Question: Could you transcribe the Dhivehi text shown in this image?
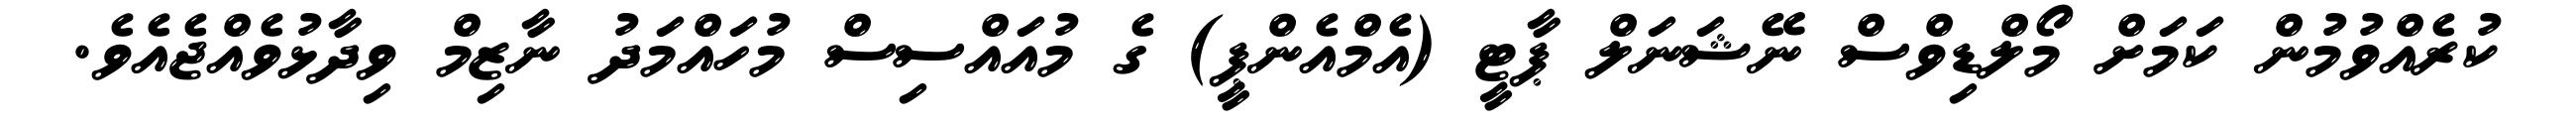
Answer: ކުރެއްވުމުން ކަމަށް މޯލްޑިވްސް ނޭޝަނަލް ޕާޓީ (އެމްއެންޕީ) ގެ މުއައްސިސް މުހައްމަދު ނާޒިމް ވިދާޅުވެއްޖެއެވެ.